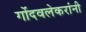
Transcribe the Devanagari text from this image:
गोंदवलेकरांनी